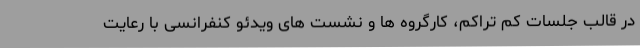
در قالب جلسات کم تراکم، کارگروه ها و نشست های ویدئو کنفرانسی با رعایت